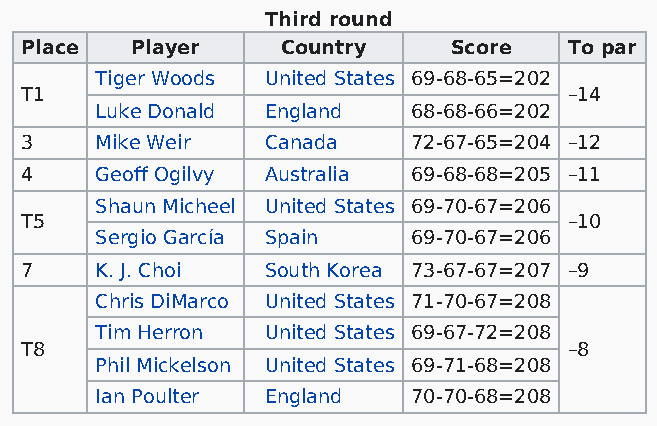
Third round
 Place   Player    Country    Score   To par
 Tiger Woods United States 69-68-65=202
 T1                                   –14
 Luke Donald England  68-68-66=202
 3    Mike Weir  Canada    72-67-65=204 –12
 4    Geoff Ogilvy Australia 69-68-68=205 –11
 Shaun Micheel United States 69-70-67=206
 T5                                   –10
 Sergio García Spain  69-70-67=206
 7    K. J. Choi South Korea 73-67-67=207 –9
 Chris DiMarco United States 71-70-67=208
 Tim Herron United States 69-67-72=208
 T8                                   –8
 Phil Mickelson United States 69-71-68=208
 Ian Poulter England  70-70-68=208